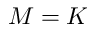
M = K